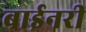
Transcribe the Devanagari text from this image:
बाईनरी